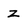
Character: Z